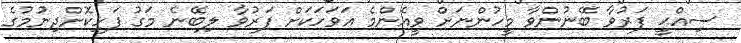
ސިއްޙީ ފަރުވާ ބޭނުންވާ މީހުންނަށް ވީއެންމެ އަވަހަކަށް ފަރުވާ ލިބޭނެ މަގު ފަހިކޮށްދިނުމުގެ